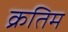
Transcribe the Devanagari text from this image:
क्रतिम